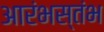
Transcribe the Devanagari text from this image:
आरंभस्तंभ